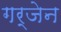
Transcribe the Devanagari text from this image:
गर्जेन